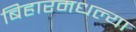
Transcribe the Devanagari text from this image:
बिहारमधल्या